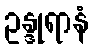
ဥန္ဒုရာနံ